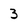
Character: 3